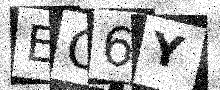
Text: EC6Y